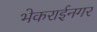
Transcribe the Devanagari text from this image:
भेकराईनगर